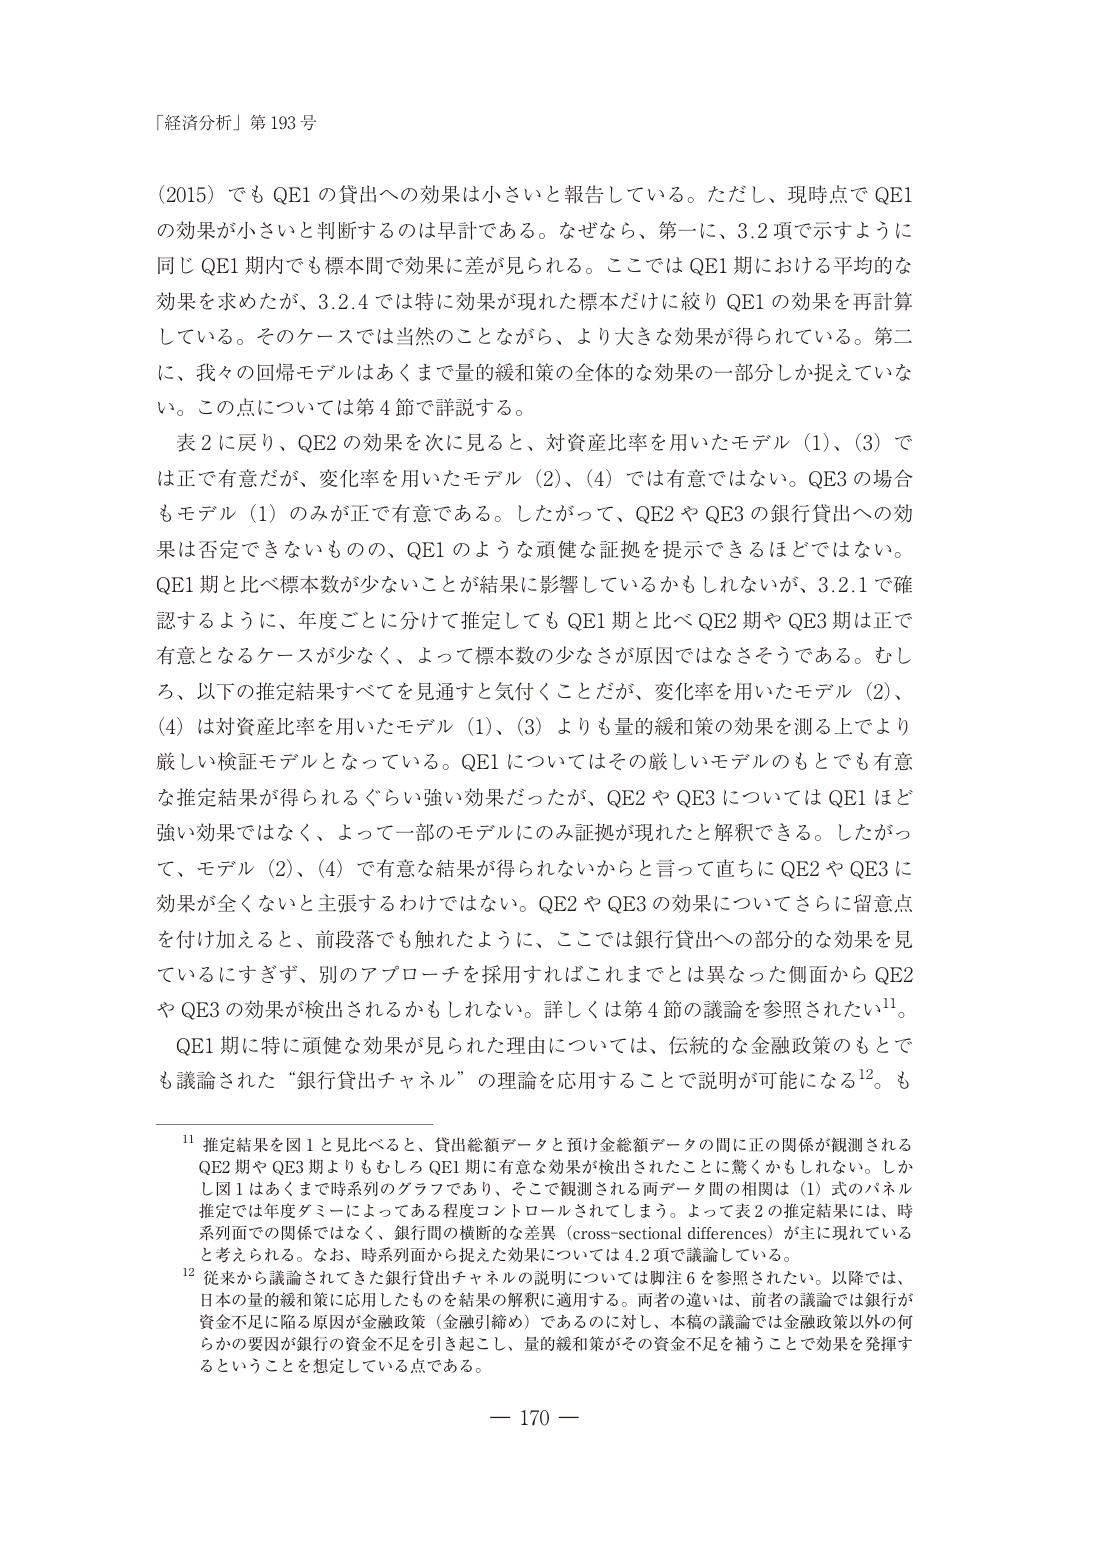
「経済分析」第 193 号

（2015）でも QE1 の貸出への効果は小さいと報告している。ただし、現時点で QE1 の効果が小さいと判断するのは早計である。なぜなら、第一に、3.2 項で示すように同じ QE1 期内でも標本間で効果に差が見られる。ここでは QE1 期における平均的な効果を求めたが、3.2.4 では特に効果が現れた標本だけに絞り QE1 の効果を再計算している。そのケースでは当然のことながら、より大きな効果が得られている。第二に、我々の回帰モデルはあくまで量的緩和策の全体的な効果の一部分しか捉えていない。この点については第 4 節で詳説する。

表 2 に戻り、QE2 の効果を次に見ると、対資産比率を用いたモデル（1）、（3）では正で有意だが、変化率を用いたモデル（2）、（4）では有意ではない。QE3 の場合もモデル（1）のみが正で有意である。したがって、QE2 や QE3 の銀行貸出への効果は否定できないものの、QE1 のような頑健な証拠を提示できるほどではない。QE1 期と比べ標本数が少ないことが結果に影響しているかもしれないが、3.2.1 で確認するように、年度ごとに分けて推定しても QE1 期と比べ QE2 期や QE3 期は正で有意となるケースが少なく、よって標本数の少なさが原因ではなさそうである。むしろ、以下の推定結果すべてを見通すと気付くことだが、変化率を用いたモデル（2）、（4）は対資産比率を用いたモデル（1）、（3）よりも量的緩和策の効果を測る上でのより厳しい検証モデルとなっている。QE1 についてはその厳しいモデルのもとでも有意な推定結果が得られるぐらい強い効果だったが、QE2 や QE3 については QE1 ほど強い効果ではなく、よって一部のモデルにのみ証拠が現れたと解釈できる。したがって、モデル（2）、（4）で有意な結果が得られないからと言って直ちに QE2 や QE3 に効果が全くないと主張するわけではない。QE2 や QE3 の効果についてさらに留意点を付け加えると、前段落でも触れたように、ここでは銀行貸出への部分的な効果を見ているにすぎず、別のアプローチを採用すればこれまでとは異なった側面から QE2 や QE3 の効果が検出されるかもしれない。詳しくは第 4 節の議論を参照されたい¹¹。

QE1 期に特に頑健な効果が見られた理由については、伝統的な金融政策のもとでも議論された“銀行貸出チャネル”の理論を応用することで説明が可能になる¹²。も

¹¹ 推定結果を図 1 と見比べると、貸出総額データと預け金総額データの間に正の関係が観測される QE2 期や QE3 期よりもむしろ QE1 期に有意な効果が検出されたことに驚くかもしれない。しかし図 1 はあくまで時系列のグラフであり、そこで観測される両データ間の相関は（1）式のパネル推定では年度ダミーによってある程度コントロールされてしまう。よって表 2 の推定結果には、時系列面での関係ではなく、銀行間の横断的な差異（cross-sectional differences）が主に現れていると考えられる。なお、時系列面から捉えた効果については 4.2 項で議論している。

¹² 従来から議論されてきた銀行貸出チャネルの説明については脚注 6 を参照されたい。以降では、日本の量的緩和策に応用したものを結果の解釈に適用する。両者の違いは、前者の議論では銀行が資金不足に陥る原因が金融政策（金融引締め）であるのに対し、本稿の議論では金融政策以外の何らかの要因が銀行の資金不足を引き起こし、量的緩和策がその資金不足を補うことで効果を発揮するということを想定している点である。

— 170 —